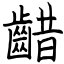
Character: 齰